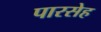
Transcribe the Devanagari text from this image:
पारसेह